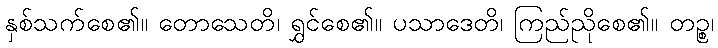
နှစ်သက်စေ၏။ တောသေတိ၊ ရွှင်စေ၏။ ပသာဒေတိ၊ ကြည်ညိုစေ၏။ တဉ္စ၊